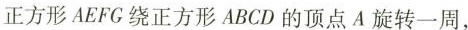
正方形AEFG绕正方形ABCD的顶点A旋转一周，